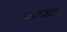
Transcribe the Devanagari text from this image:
कार्जों